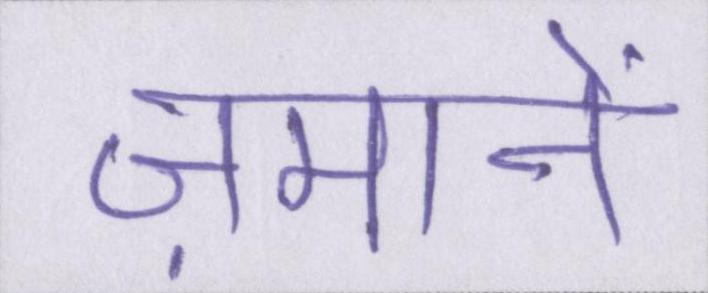
ज़मानें